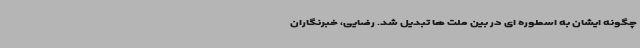
چگونه ایشان به اسطوره ای در بین ملت ها تبدیل شد. رضایی، خبرنگاران